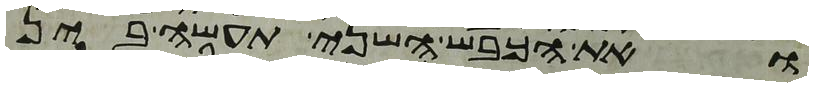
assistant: ואת הכבש השני תעשה בין